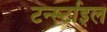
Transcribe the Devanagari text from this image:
टर्न्स्टाइल